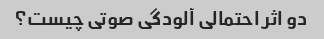
دو اثر احتمالی آلودگی صوتی چیست؟